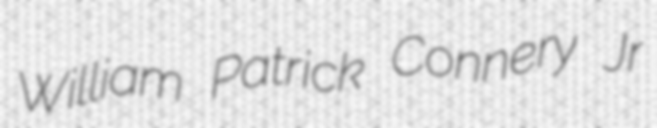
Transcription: William Patrick Connery Jr